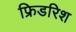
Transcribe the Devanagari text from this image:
फ्रिडरिश